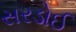
સરડોઈ